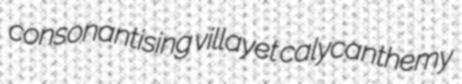
consonantising villayet calycanthemy